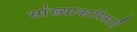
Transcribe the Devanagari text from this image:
सांख्याकारिकाएँ